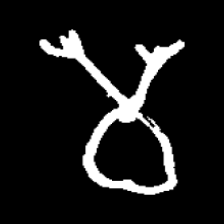
Pyu character \u2014 Myanmar letter: မ (romanized: ma)